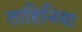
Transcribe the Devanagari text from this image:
ताहिनिया